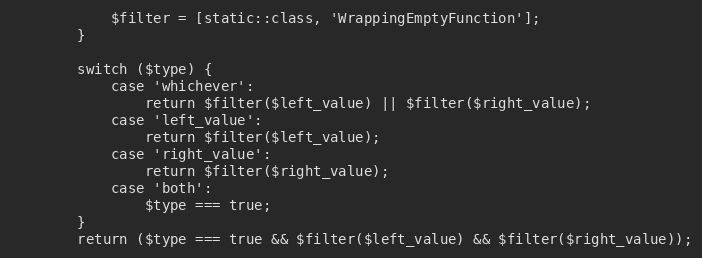
Language: PHP
			$filter = [static::class, 'WrappingEmptyFunction'];
		}

		switch ($type) {
			case 'whichever':
				return $filter($left_value) || $filter($right_value);
			case 'left_value':
				return $filter($left_value);
			case 'right_value':
				return $filter($right_value);
			case 'both':
				$type === true;
		}
		return ($type === true && $filter($left_value) && $filter($right_value));